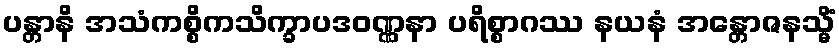
ပန္တာနိ အသံကစ္စိကသိက္ခာပဒဝဏ္ဏနာ ပရိစ္စာဂဿ နယနံ အန္တောဇနသ္မိံ